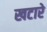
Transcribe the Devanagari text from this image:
खटारे